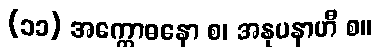
(၁၁) အက္ကောဓနော စ၊ အနုပနာဟီ စ။